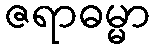
ဇရာဓမ္မာ